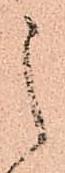
之